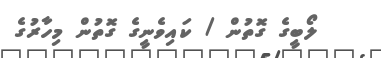
ލޯބީގެ ގޮތުން / ކައިވެނީގެ ގޮތުން މިހާރުގެ